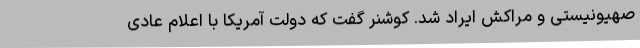
صهیونیستی و مراکش ایراد شد. کوشنر گفت که دولت آمریکا با اعلام عادی